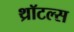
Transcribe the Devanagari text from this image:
थ्रॉटल्स